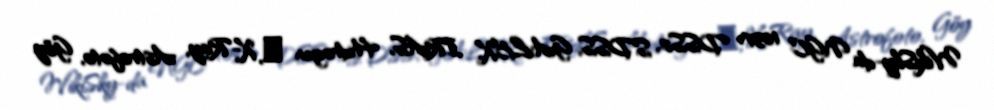
WikiSky-da NGC 1037: DSS2, SDSS, GALEX, IRAS, Hidrogen α, X-Ray, Astrofoto, Göy